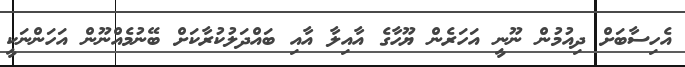
އެހިސާބަށް ދިއުމުން ނޫނީ އަހަރެން ޔޫހާގެ އާއިލާ އާއި ބައްދަލުކުރާކަށް ބޭނުމެއްނޫން އަހަންނަކީ